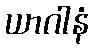
ယာဂါနံ